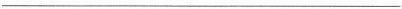
___